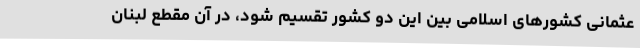
عثمانی کشورهای اسلامی بین این دو کشور تقسیم شود، در آن مقطع لبنان